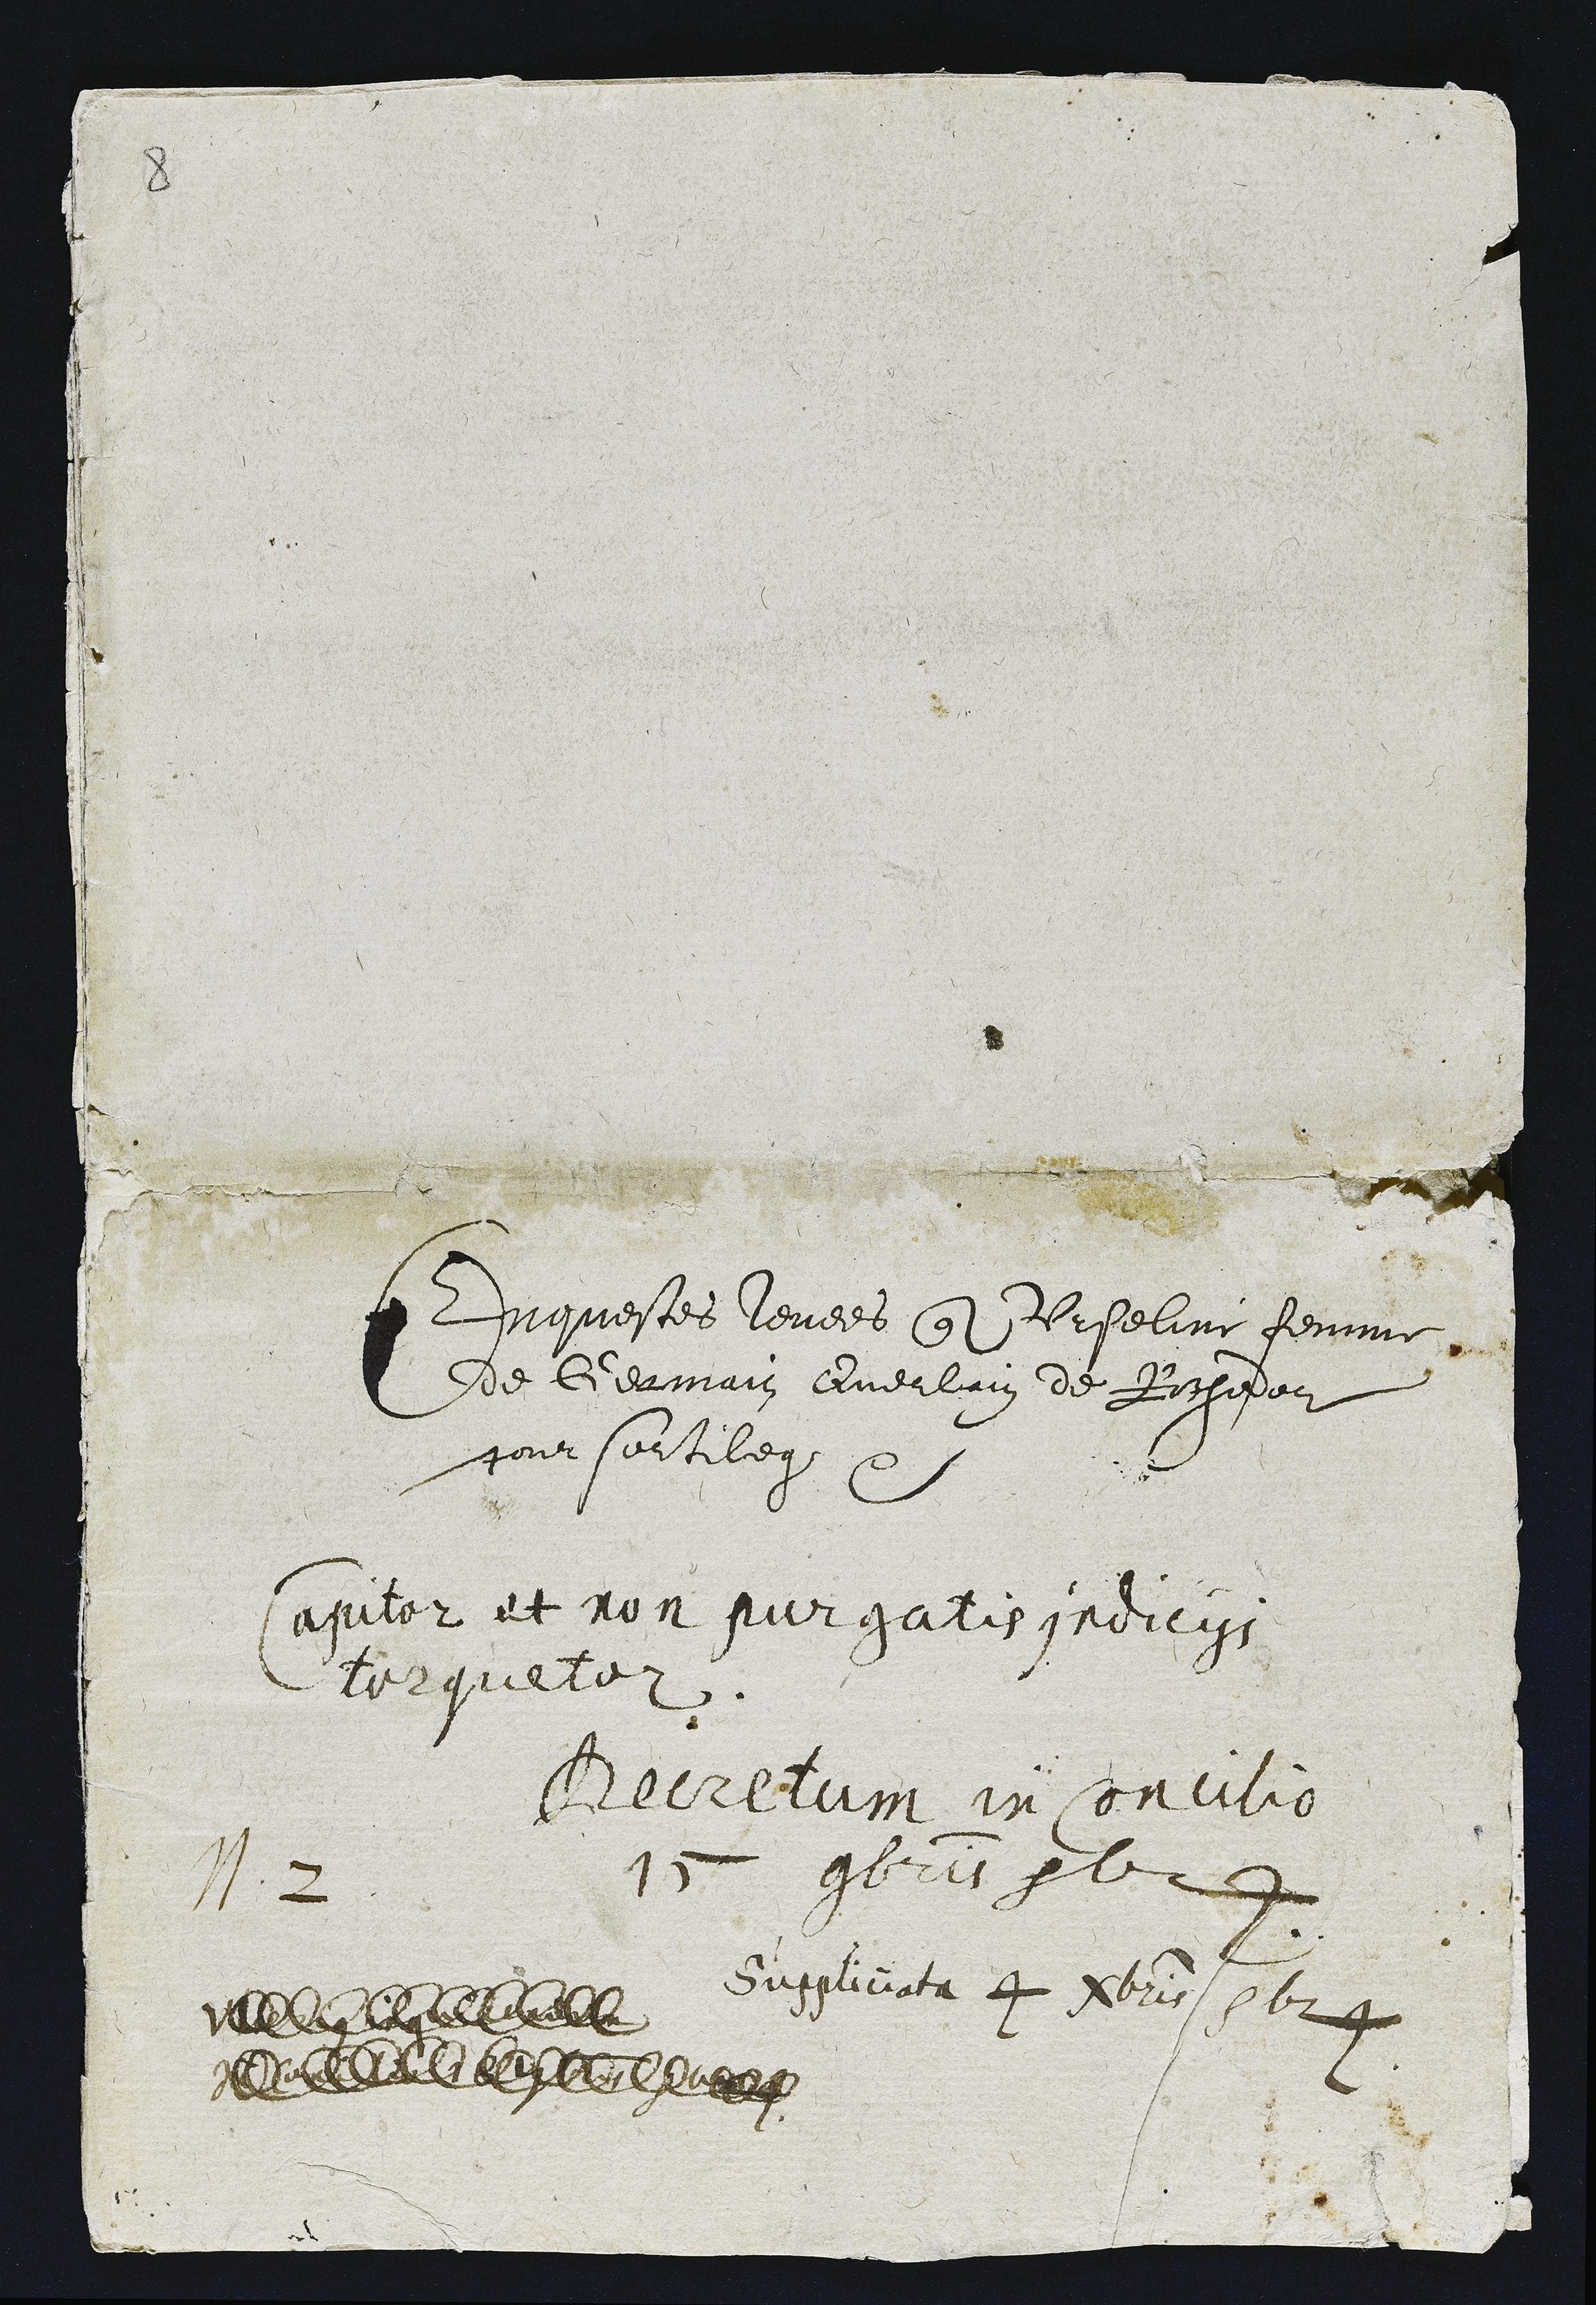
N. 2

Enquestes levees qute Urseline femme
de Germain Querlain de Rochedor
pour sortilege

apiter et non purgatis jrdiciss
Torqueter.

Beretum in soncilion
15 gbris pele

Suspliciata 4 Poris 1124